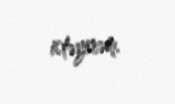
istəyirəm.